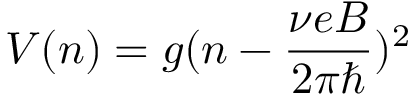
V ( n ) = g ( n - \frac { \nu e B } { 2 \pi \hbar } ) ^ { 2 }